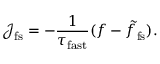
\mathcal { J } _ { \mathrm { f s } } = - \frac { 1 } { \tau _ { \mathrm { f a s t } } } ( f - \tilde { f } _ { \mathrm { f s } } ) .